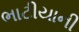
ભાટીયાની